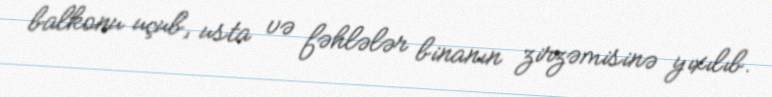
balkonu uçub, usta və fəhlələr binanın zirzəmisinə yıxılıb.